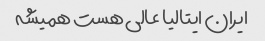
ایران ایتالیا عالی هست همیشه